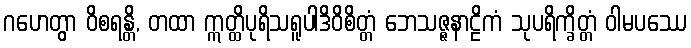
ဂဟေတွာ ဝိစရန္တိ, တထာ ဣတ္ထိပုရိသရူပါဒိဝိစိတ္တံ ဘေသဇ္ဇနာဠိကံ သုပရိက္ခိတ္တံ ဝါမပဿေ